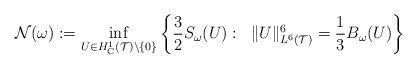
LaTeX: \begin{align*}\mathcal{N}(\omega) := \inf_{U \in H^1_{\rm C}(\mathcal{T}) \backslash \{0\}} \left\{ \frac{3}{2} S_{\omega}(U) : \;\; \| U \|^6_{L^6(\mathcal{T})}=\frac{1}{3}B_{\omega}(U) \right\}\end{align*}